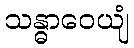
သန္ဓာဝေယျံ